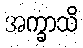
အက္ခာသိ